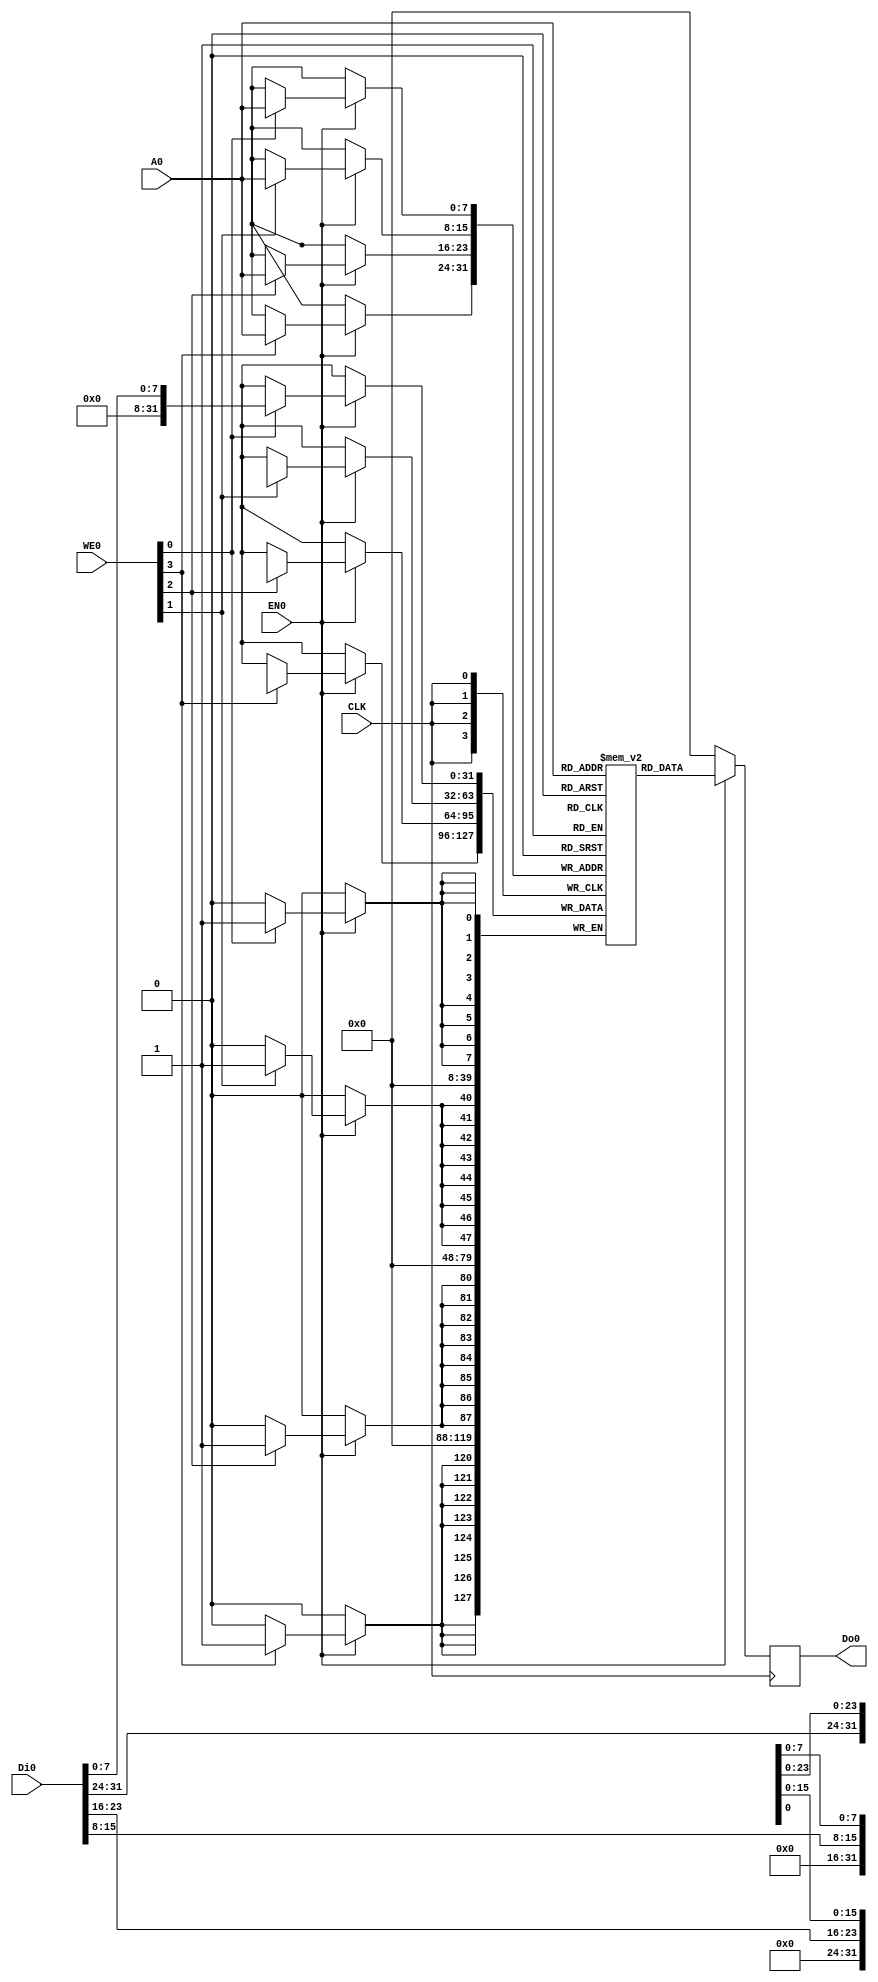

 module DFFRAM256x32
 (	
     `ifdef USE_POWER_PINS
     VPWR,
     VGND,
     `endif
     CLK,
     WE0,
     EN0,
     Di0,
     Do0,
     A0
 );
	`ifdef USE_POWER_PINS
    inout VPWR;
    inout  VGND;
    `endif
    input   wire            CLK;
    input   wire    [3:0]   WE0;
    input   wire            EN0;
    input   wire    [31:0]  Di0;
    output  reg     [31:0]  Do0;
    input   wire    [7:0]   A0;
    reg [31:0] RAM[255:0];

    always @(posedge CLK)
        if(EN0) begin
            Do0<= RAM[A0];
            if(WE0[0]) RAM[A0][7:0] <= Di0[7:0];
            if(WE0[1]) RAM[A0][15:8] <= Di0[15:8];
            if(WE0[2]) RAM[A0][23:16] <= Di0[23:16];
            if(WE0[3]) RAM[A0][31:24] <= Di0[31:24];
        end
        else
            Do0 <= 32'b0;
 endmodule